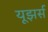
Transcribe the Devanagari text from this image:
यूझर्स